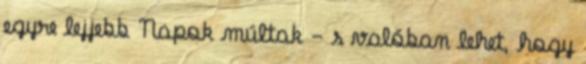
egyre lejjebb Napok múltak - s valóban lehet, hogy